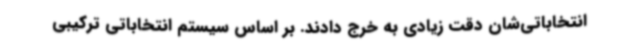
انتخاباتی‌شان دقت زیادی به خرج دادند. بر اساس سیستم انتخاباتی ترکیبی